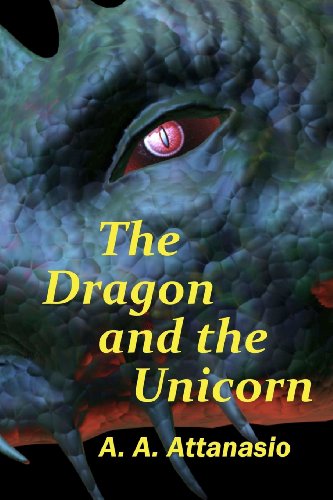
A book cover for The Dragon and the Unicorn: The Perilous Order of Camelot (Volume 1); A. A. Attanasio; Science Fiction & Fantasy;